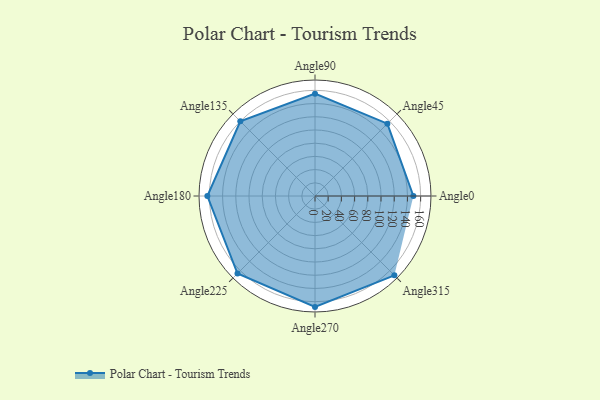
{"axis": {"x": "Angle", "y": "Radius"}, "legend": [""], "data": [{"x": "Angle0", "y": 149.0, "type": ""}, {"x": "Angle45", "y": 155.0, "type": ""}, {"x": "Angle90", "y": 155.0, "type": ""}, {"x": "Angle135", "y": 160.0, "type": ""}, {"x": "Angle180", "y": 163.0, "type": ""}, {"x": "Angle225", "y": 166.0, "type": ""}, {"x": "Angle270", "y": 168.0, "type": ""}, {"x": "Angle315", "y": 170, "type": ""}]}